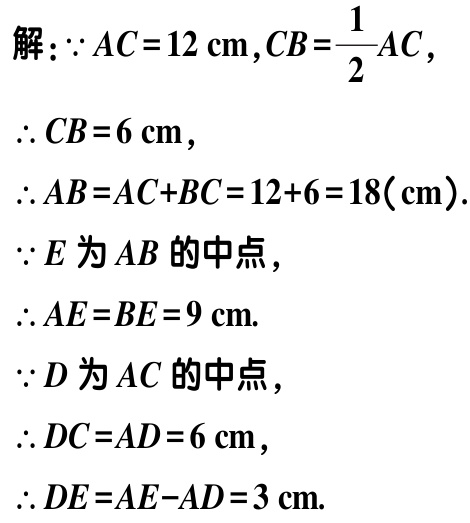
解：$\because AC = 12\mathrm{cm},CB=\frac{1}{2}AC$，

$\therefore CB = 6\mathrm{cm}$，

$\therefore AB=AC + BC=12 + 6 = 18(\mathrm{cm})$.

$\because E$为$AB$的中点，

$\therefore AE = BE = 9\mathrm{cm}$.

$\because D$为$AC$的中点，

$\therefore DC = AD = 6\mathrm{cm}$，

$\therefore DE=AE - AD = 3\mathrm{cm}$.